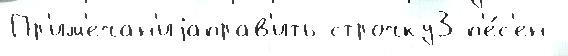
Пр'им'ечан'иjаправ'ить строчку3 п'е́с'ен